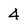
Character: 4